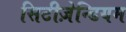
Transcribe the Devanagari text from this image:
सिटीज़ेन्डियम